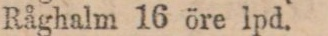
Råghalm 16 öre lpd.